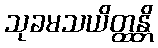
သုခမသယိတ္ထန္တိ